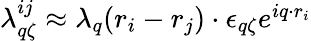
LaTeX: \begin{array}{r}{\lambda_{q\zeta}^{ij}\approx\lambda_{q}(r_{i}-r_{j})\cdot\epsilon_{q\zeta}e^{iq\cdot r_{i}}}\end{array}